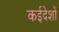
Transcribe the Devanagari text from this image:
कईदेशों